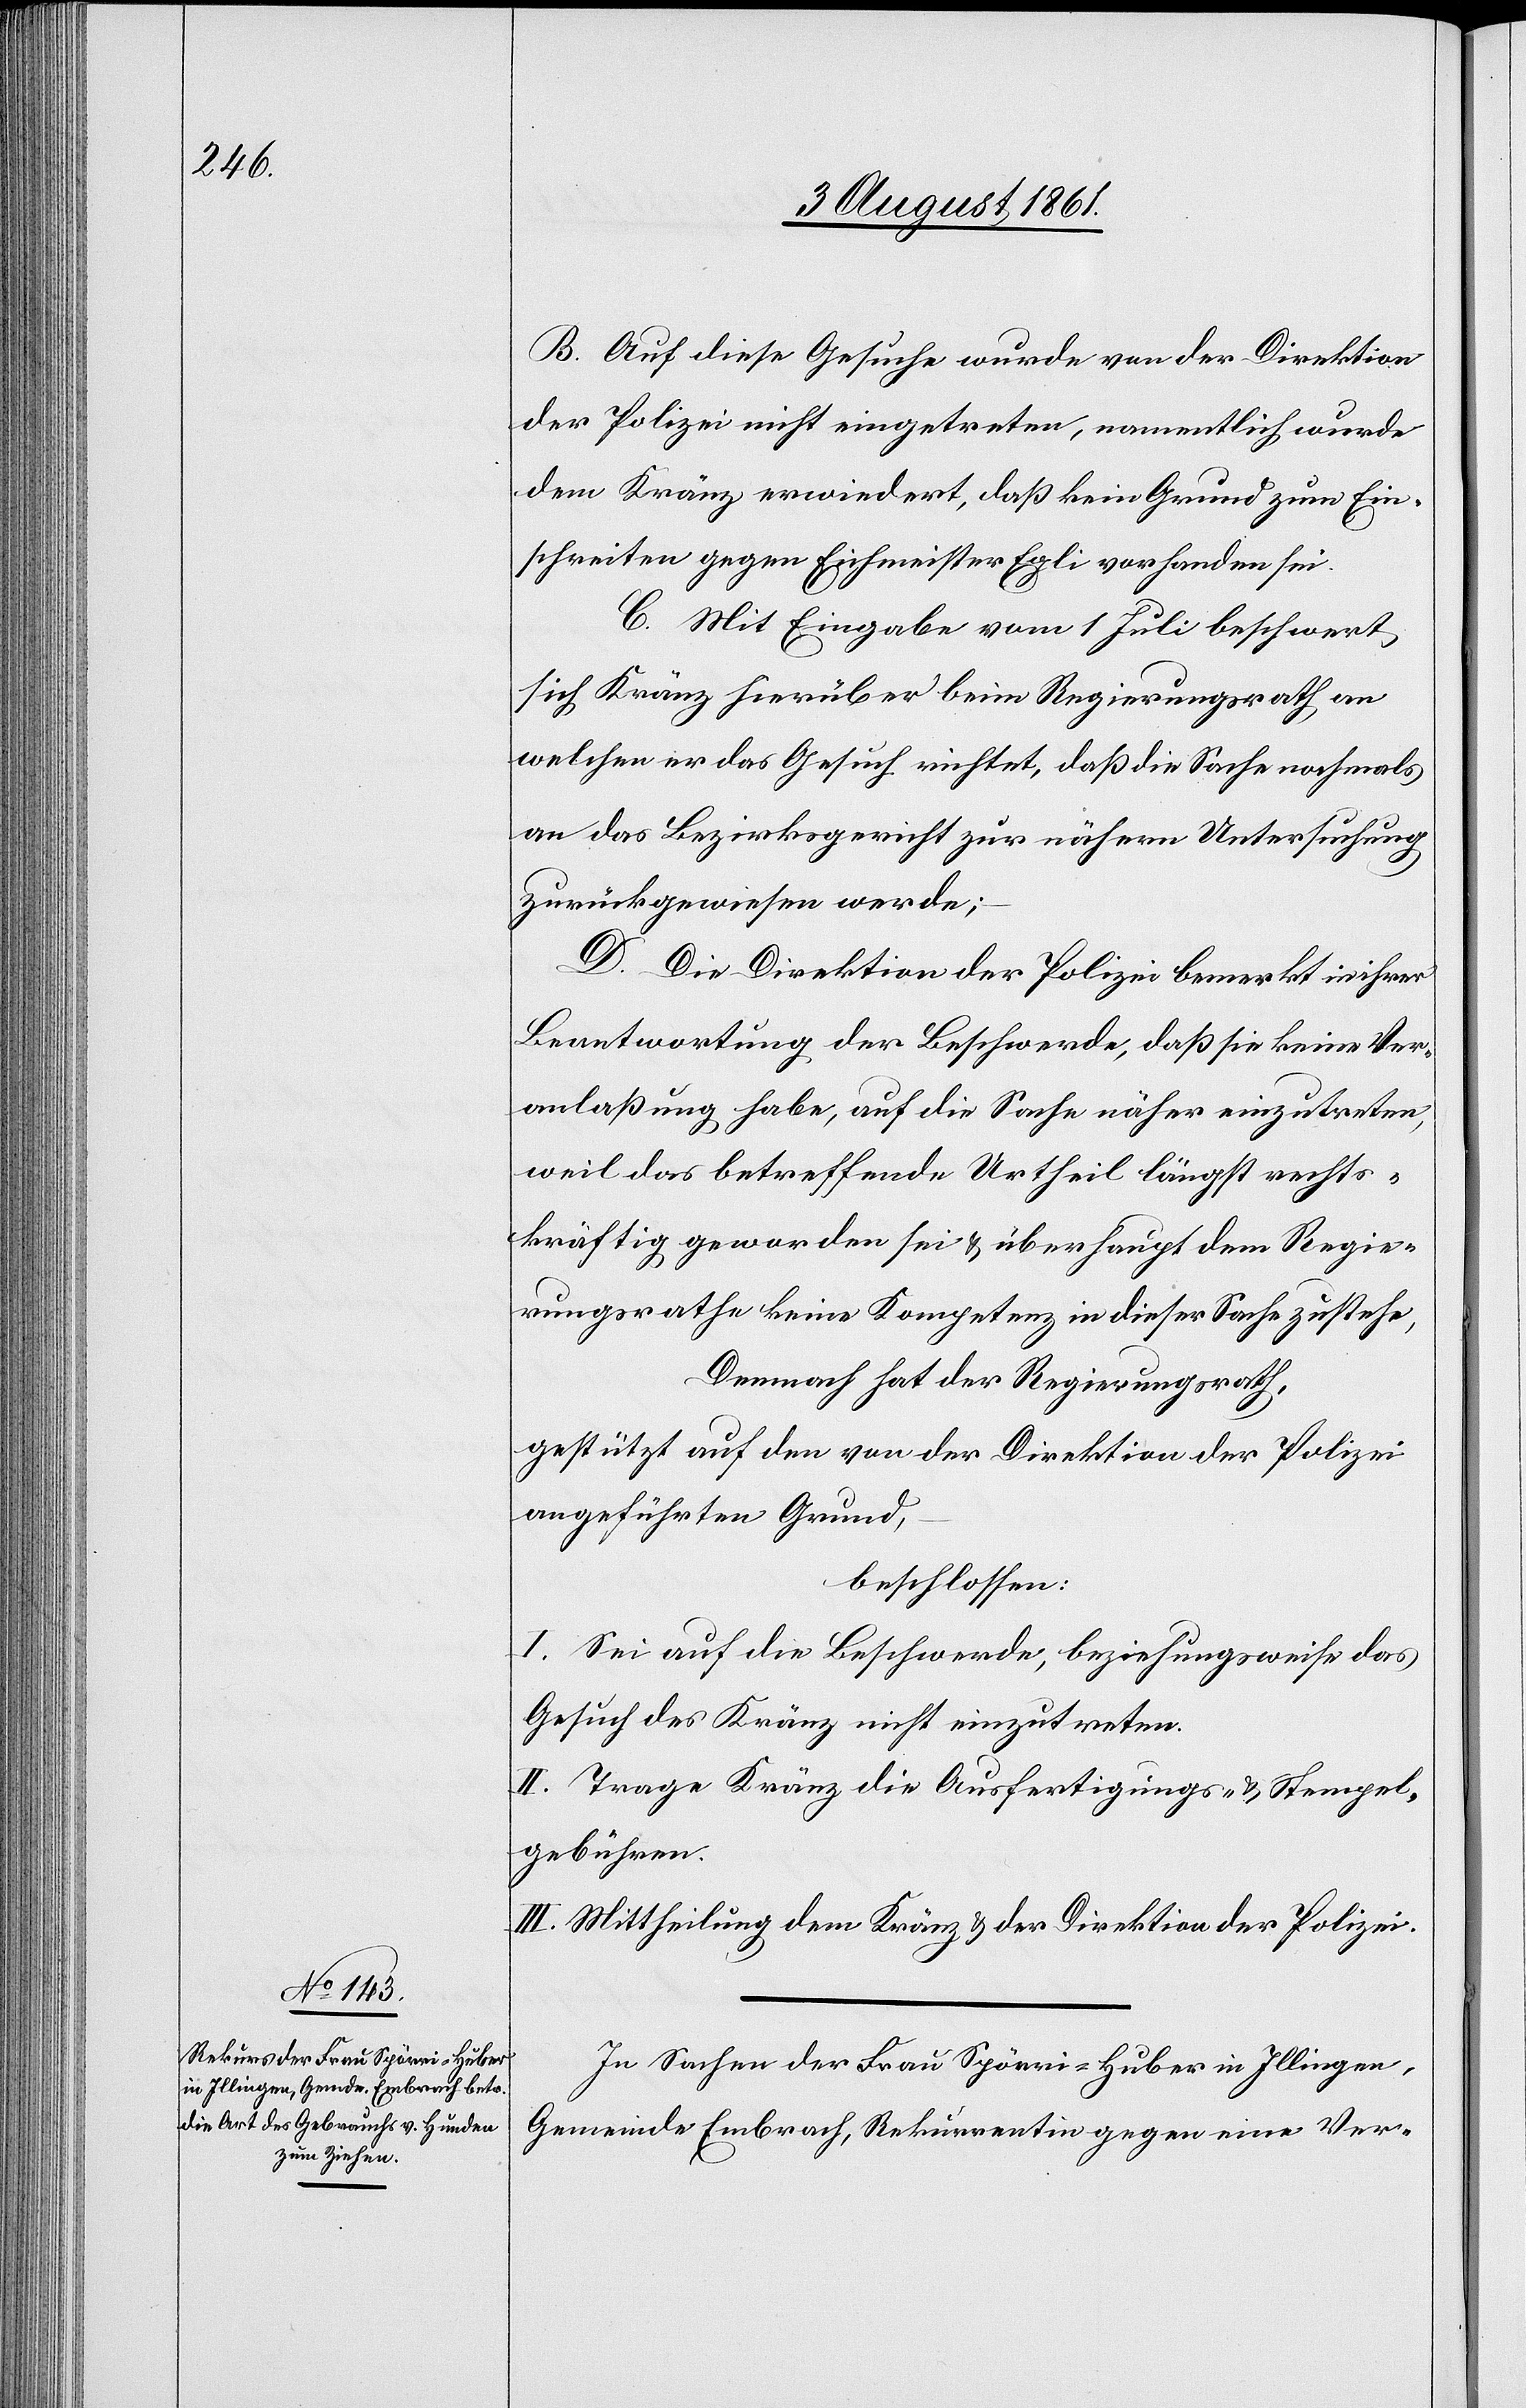
B. Auf diese Gesuche wurde von der Direktion
der Polizei nicht eingetreten, namentlich wurde
dem Kränz erwiedert, daß kein Grund zum Ein¬
schreiten gegen Eichmeister Egli vorhanden sei.
C. Mit Eingabe vom 1 Juli beschwert
sich Kränz hierüber beim Regierungsrath an
welchen er das Gesuch richtet, daß die Sache nochmals
an das Bezirksgericht zur nähern Untersuchung
zurückgewiesen werde;
D. Die Direktion der Polizei bemerkt in ihrer
Beantwortung der Beschwerde, daß sie keine Ver¬
anlaßung habe, auf die Sache näher einzutreten,
weil das betreffende Urtheil längst rechts¬
kräftig geworden sei u. überhaupt dem Regie¬
rungsrathe keine Kompetenz in dieser Sache zustehe,
Demnach hat der Regierungsrath,
gestützt auf den von der Direktion der Polizei
angeführten Grund,
beschlossen:
I. Sei auf die Beschwerde, beziehungsweise das
Gesuch des Kränz nicht einzutreten.
II. Trage Kränz die Ausfertigungs- u. Stempel¬
gebühren.
III. Mittheilung dem Kränz u. der Direktion der Polizei.
In Sachen der Frau Spörri-Huber in Illingen,
Gemeinde Embrach, Rekurrentin gegen eine Ver-